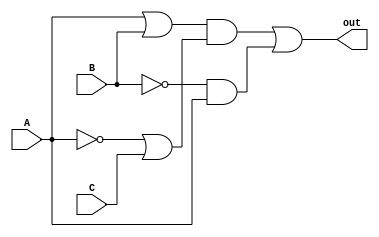
`timescale 1ns / 1ps

module Hazard(A,B,C,out);
input A,B,C;
output out;
or G1(g1,A,B);
not #2  N1(n1,A);
or G2(g2,n1,C);
and G3(g3, g1,g2);
not #2 N2(n2,B);
and G4(g4,n2,A);
or G5(out,g3,g4);
endmodule